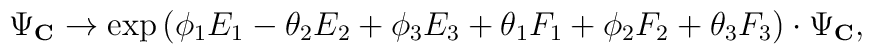
\Psi_{\bf C} \rightarrow \exp{(\phi_1 E_1 - \theta_2 E_2 + \phi_3 E_3 + \theta_1 F_1 + \phi_2 F_2 + \theta_3 F_3)} \cdot  \Psi_{\bf C},